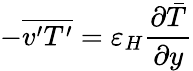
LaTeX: -{\overline{{v^{\prime}T^{\prime}}}}=\varepsilon_{H}{\frac{\partial{\bar{T}}}{\partial y}}